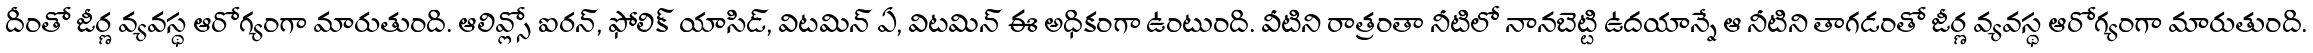
దీంతో జీర్ణ వ్యవస్థ ఆరోగ్యంగా మారుతుంది. ఆలివ్స్లో ఐరన్, ఫోలిక్ యాసిడ్, విటమిన్ ఏ, విటమిన్ ఈ అధికంగా ఉంటుంది. వీటిని రాత్రంతా నీటిలో నానబెట్టి ఉదయాన్నే ఆ నీటిని తాగడంతో జీర్ణ వ్యవస్థ ఆరోగ్యంగా మారుతుంది.